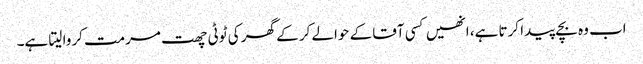
اب وہ بچے پیدا کرتا ہے، انھیں کسی آقا کے حوالے کر کے گھر کی ٹوٹی چھت مرمت کروا لیتا ہے۔